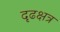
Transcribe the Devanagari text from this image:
दृढक्षत्र